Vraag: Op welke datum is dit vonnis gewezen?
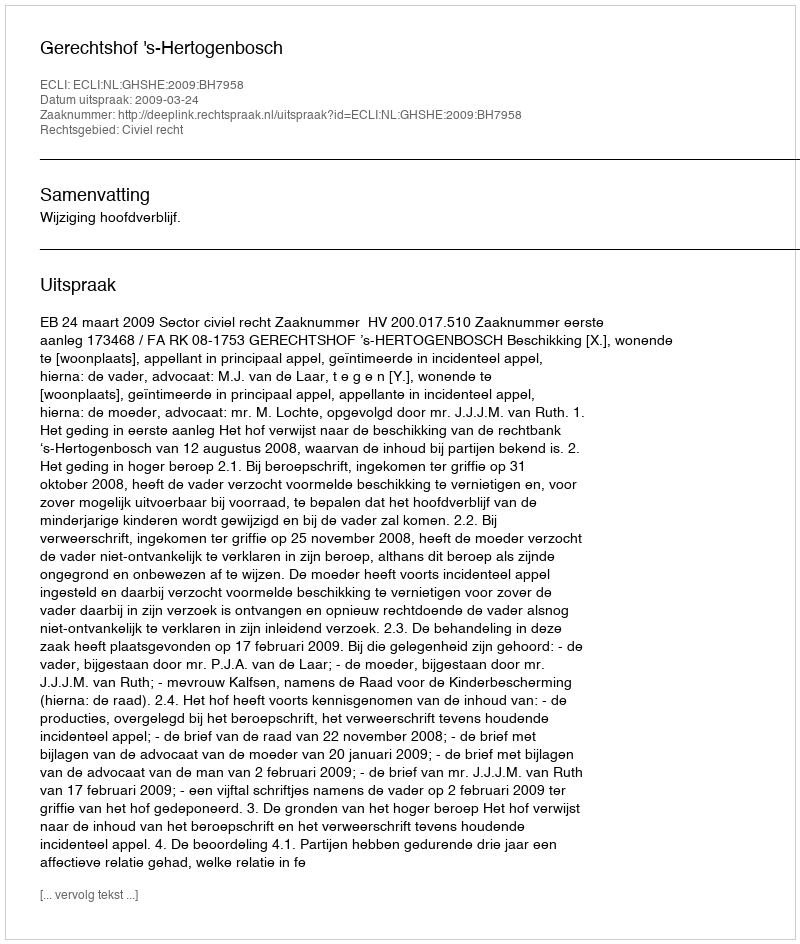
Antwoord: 2009-03-24